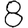
Digit: 8